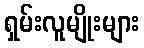
ရှမ်းလူမျိုးများ